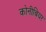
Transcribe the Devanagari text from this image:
कोनीबियर